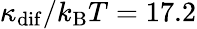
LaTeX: \kappa_{\mathrm{dif}}/k_{\mathrm{B}}T=17.2